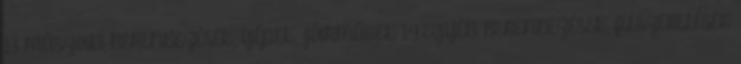
13 MŰSZAKI BERENDEZÉSEK, GÉPEK, JÁRMŰVEK 14 EGYÉB BERENDEZÉSEK, FELSZERELÉSEK